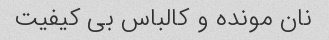
نان مونده و کالباس بی کیفیت